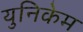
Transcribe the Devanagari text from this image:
युनिकेम